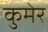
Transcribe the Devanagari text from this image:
कुमेर